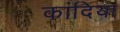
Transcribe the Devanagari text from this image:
कांदिया